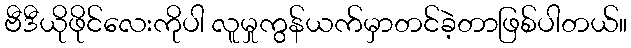
ဗီဒီယိုဖိုင်လေးကိုပါ လူမှုကွန်ယက်မှာတင်ခဲ့တာဖြစ်ပါတယ်။